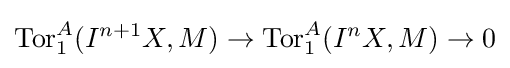
\operatorname {Tor} _{1}^{A}(I^{n+1}X,M)\to \operatorname {Tor} _{1}^{A}(I^{n}X,M)\to 0